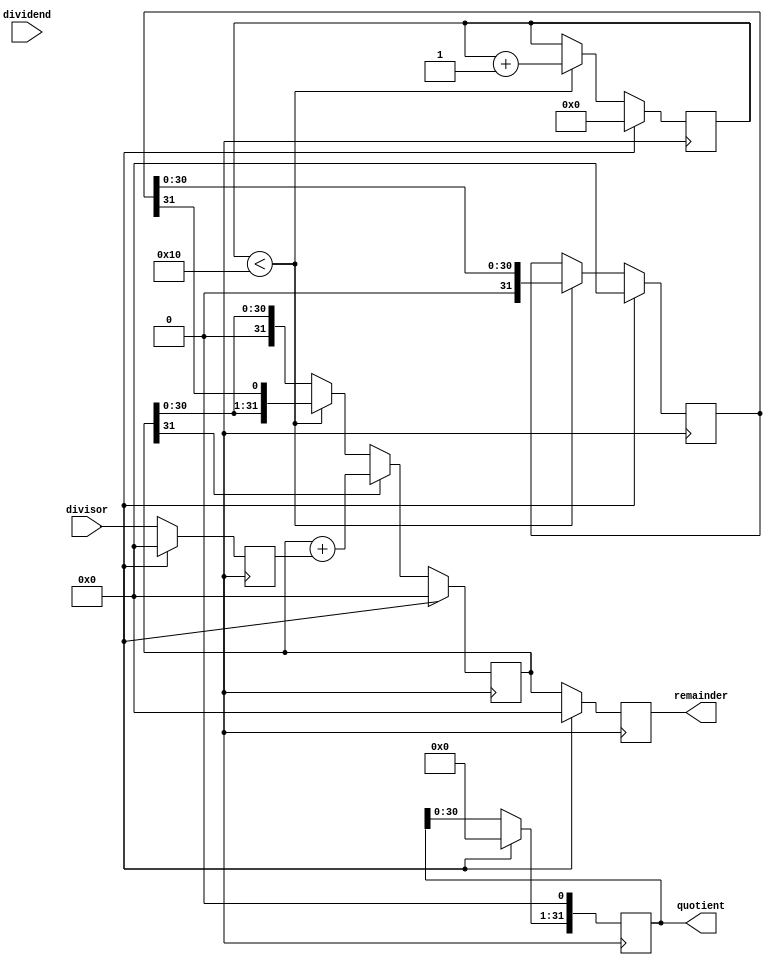
module Restoring_Divider (
    input wire [31:0] dividend,
    input wire [31:0] divisor,
    output reg [31:0] quotient,
    output reg [31:0] remainder
);

reg [31:0] dividend_reg;
reg [31:0] divisor_reg;
reg [31:0] quotient_reg;
reg [31:0] remainder_reg;
reg [31:0] accumulator;
reg [31:0] neg_divisor;
reg [4:0] count;

always @(posedge clk) begin
    if (reset) begin
        dividend_reg <= 32'b0;
        divisor_reg <= 32'b0;
        quotient_reg <= 32'b0;
        remainder_reg <= 32'b0;
        accumulator <= 32'b0;
        neg_divisor <= 32'b0;
        count <= 5'b0;
    end else begin
        dividend_reg <= dividend;
        divisor_reg <= divisor;
        
        if (count < 5'b10000) begin
            neg_divisor <= {1'b1, divisor_reg} - divisor_reg;
            accumulator <= {accumulator, neg_divisor[31]};
            neg_divisor <= {1'b0, neg_divisor[30:0]}; // Shift right by 1
            count <= count + 1;
        end
        
        if (accumulator[31] == 0) begin
            quotient_reg <= quotient_reg << 1;
        end else begin
            quotient_reg[0] <= 1'b1;
            quotient_reg <= quotient_reg << 1;
            quotient_reg[0] <= 1'b0;
            accumulator <= accumulator + divisor_reg;
        end
        
        remainder_reg <= accumulator;
    end
end

assign quotient = quotient_reg;
assign remainder = remainder_reg;

endmodule